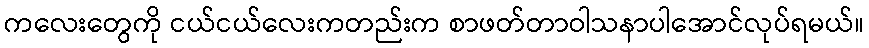
ကလေးတွေကို ငယ်ငယ်လေးကတည်းက စာဖတ်တာဝါသနာပါအောင်လုပ်ရမယ်။